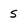
Character: 5